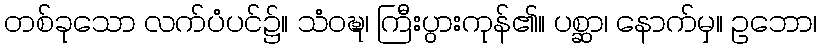
တစ်ခုသော လက်ပံပင်၌။ သံဝဍ္ဎ၊ ကြီးပွားကုန်၏။ ပစ္ဆာ၊ နောက်မှ။ ဥဘော၊